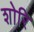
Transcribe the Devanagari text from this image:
शोरि